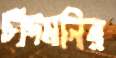
চাঁদমনির